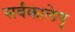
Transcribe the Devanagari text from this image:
सर्वकालेषु